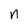
Character: n